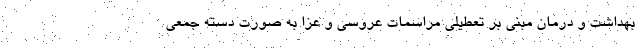
بهداشت و درمان مبنی بر تعطیلی مراسمات عروسی و عزا به صورت دسته جمعی